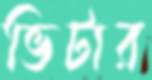
ভিটার